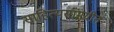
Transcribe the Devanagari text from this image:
साहित्यसामग्रीत